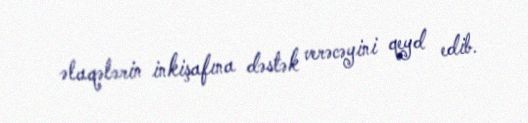
əlaqələrin inkişafına dəstək verəcəyini qeyd edib.